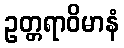
ဥတ္တရာဝိမာနံ